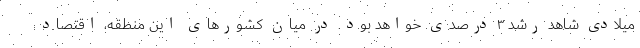
میلادی شاهد رشد ۳ درصدی خواهد بود. در میان کشورهای این منطقه، اقتصاد